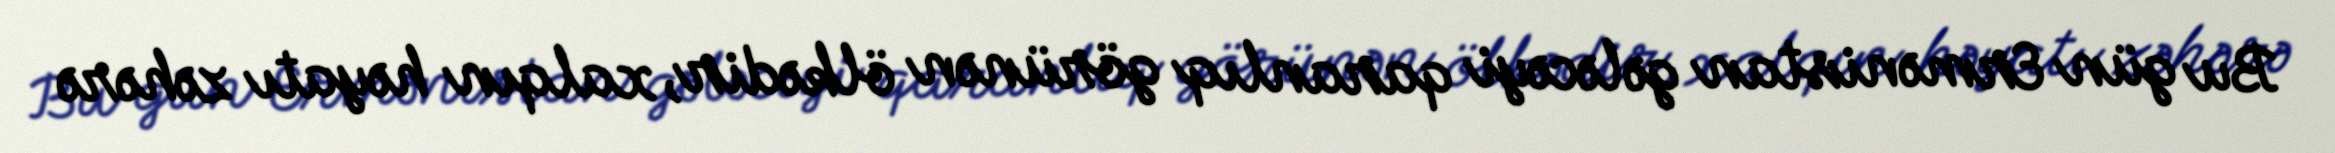
Bu gün Ermənistan gələcəyi qaranlıq görünən ölkədir, xalqın həyatı zəhərə